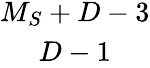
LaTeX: \begin{array}{c}{{M_{S}+D-3}}\\ {{D-1}}\end{array}